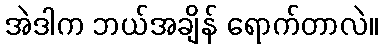
အဲဒါက ဘယ်အချိန် ရောက်တာလဲ။